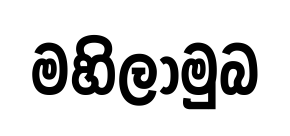
මහිලාමුබ